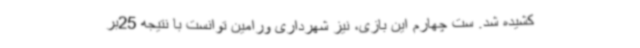
کشیده شد. ست چهارم این بازی، نیز شهرداری ورامین توانست با نتیجه 25بر